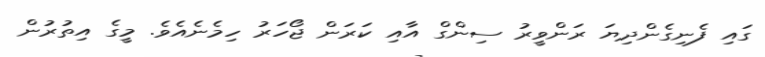
ގައި ފެނިގެންދިޔަ ރަންވީރު ސިންގް އާއި ކަރަން ޖޯހަރު ހިމެނެއެވެ. މީގެ އިތުރުން